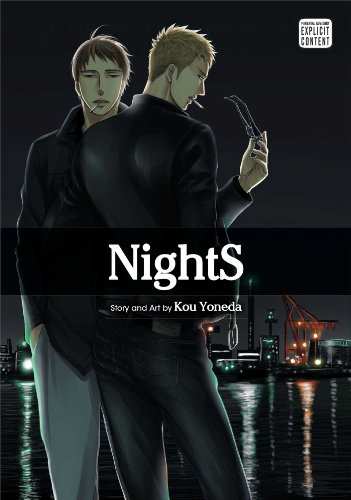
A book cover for NightS; Kou Yoneda; Comics & Graphic Novels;